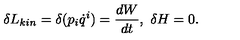
\delta L _ { k i n } = \delta ( p _ { i } \dot { q } ^ { i } ) = \frac { d W } { d t } , \ \delta H = 0 .